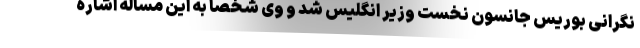
نگرانی بوریس جانسون نخست وزیر انگلیس شد و وی شخصاً به این مساله اشاره